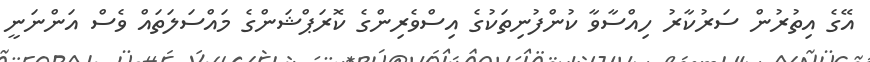
އޭގެ އިތުރުން ސަރުކާރު ހިއްސާވާ ކުންފުނިތަކުގެ އިސްވެރިންގެ ކޮރަޕްޝަންގެ މައްސަލަތައް ވެސް އަންނަނީ